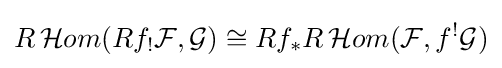
R\,{\mathcal {H}}om(Rf_{!}{\mathcal {F}},{\mathcal {G}})\cong Rf_{\ast }R\,{\mathcal {H}}om({\mathcal {F}},f^{!}{\mathcal {G}})